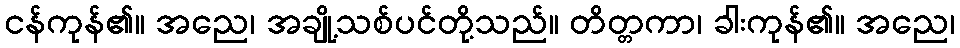
ငန်ကုန်၏။ အညေ၊ အချို့သစ်ပင်တို့သည်။ တိတ္တကာ၊ ခါးကုန်၏။ အညေ၊